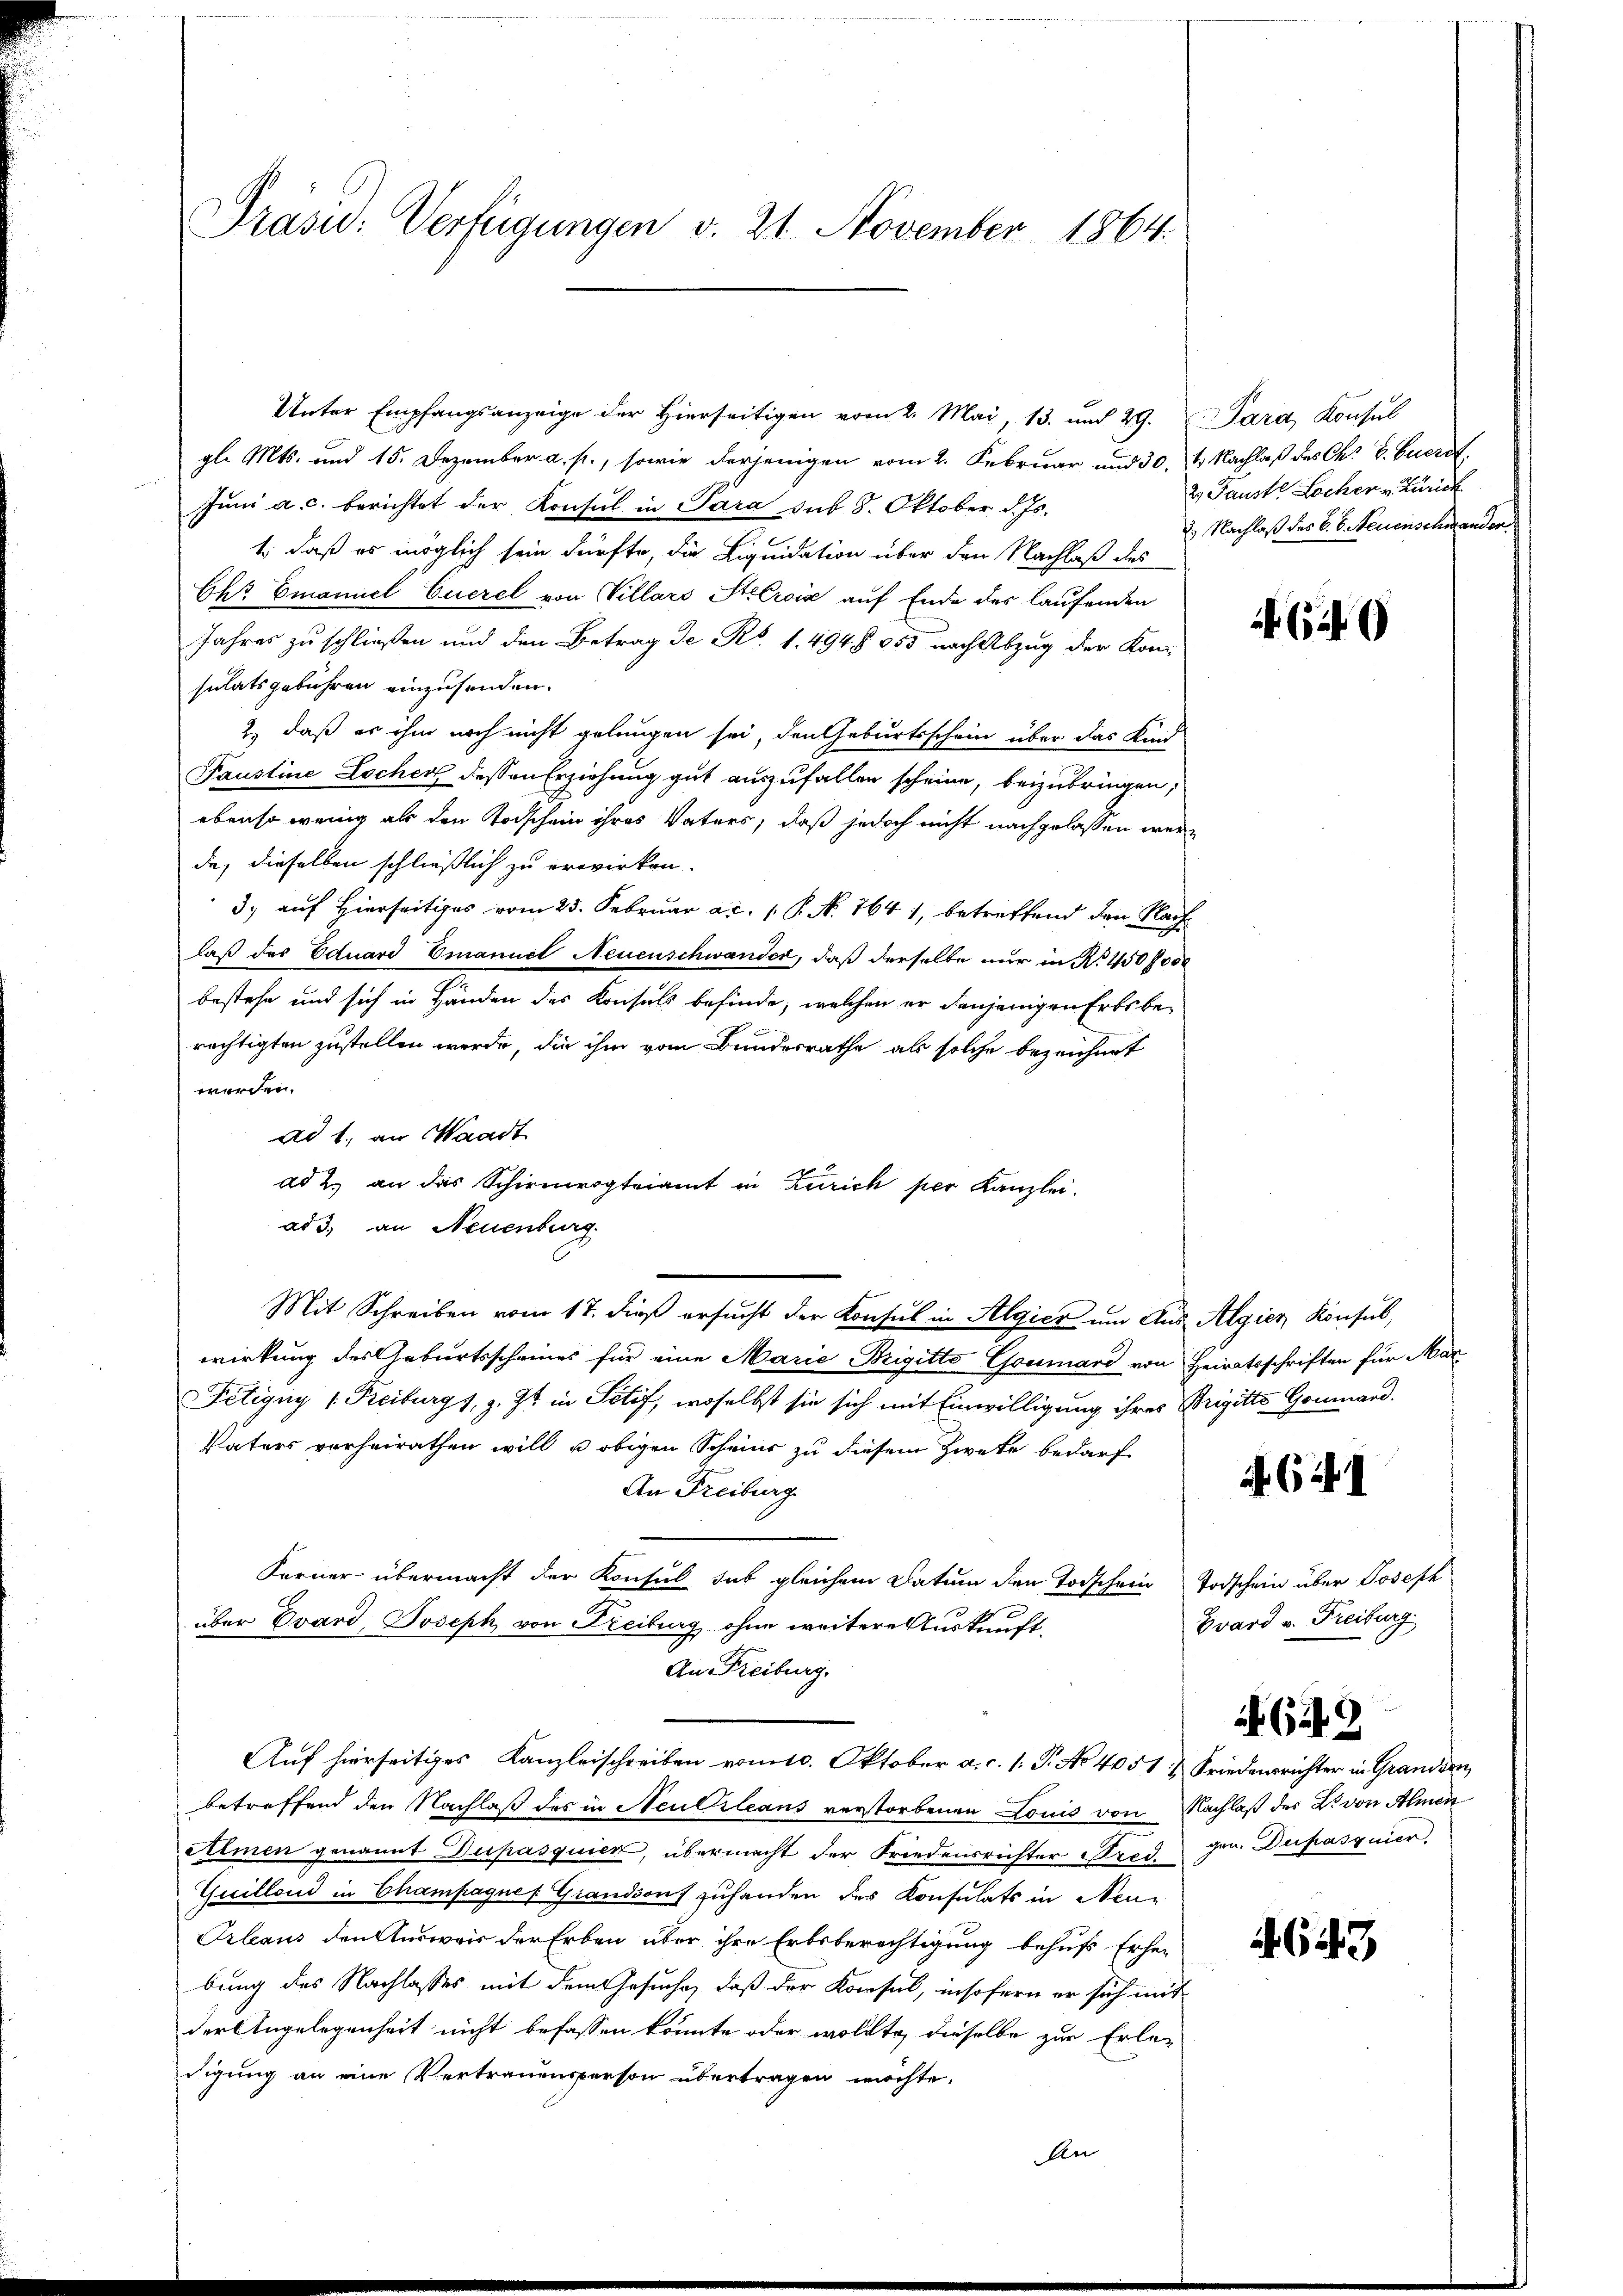
Präsid.: Verfügungen v. 21. November 1864.

Unter Empfangsanzeige der Hierseitigen vom 2. Mai, 13. und 29.
gl. Mts. und 15. Dezember a. p., sowie derjenigen vom 2. Februar und 30. 4. Nachlaß des Ch. E. Eueret,
Juni a. c. berichtet der Konsul in Para sub 8. Oktober d. Js.
1., daß es möglich sein dürfte, die Liquidation über den Nachlaß des
Chr Emanuel Euerel von Villars Stierois auf Ende des laufenden
Jahres zu schließen und den Betrag de Ro. 1. 494 f. 355 nach Abzug der Kon-
sulatsgebühren einzusenden.
2.) daß es ihm noch nicht gelangen sei, den Geburtsschein über das Kind
Paustine Locher dessen Erziehung gut auszufallen scheine, beizubringen,
ebenso wenig als den Todschein ihres Vaters, daß jedoch nicht nachgelassen werde, dieselben schließlich zu erwirken.
3.) auf Hierseitiges vom 25. Februar ac. 1 P. N. 764 1, betreffend den Nachlaß des Eduard Emanuel Neuenschwander, daß derselbe nur in No 450 f 300
bestehe und sich in Händen des Konsuls befinde, welchen er denjenigen Erbs berächtigten zustellen werde, die ihm vom Bundesrathe als solche bezeichnet
werden.
ad 1., an Waadt
ad 2. an das Schirmvogteiamt in Zürich per Kanzlei-
ad 3., an Neuenburg
Mit Schreiben vom 17. dieß ersucht der Konsul in Algier um Aus Algier Konsul,
wirkung des Geburtsscheines für eine Marie Brigitto Gcumard von Heiratsschriften für Mar¬
Fetigny v. Reiburgs, z. Zt. in Potif, woselbst sie sich mit Einwilligung ihres Brigitte Gonard.
Vaters verheirathen will u obigen Scheint zu diesem Zweke bedarf
An Freiburg
Ferner übermacht der Konsul das gleichem Datum den Todschein Todschein über Joseph
über Evard, Joseph von Freiburg ohne weitere Auskunft,
An Freiburg.
Auf hierseitiges Kanzleischreiben vom 10. Oktober a. c. 1. P. No 4051 & Friedensrichter in Granden,
betreffend den Nachlaß des in Neutrleans verstorbenen Louis von Nachlaß des L. von Almen
Almen genannt Dupasquier, übermacht der Friedensrichter Pred gen. Derpasquier
Guillond in Champagnes Grandsons zuhanden des Konsulats in Neu-
Orleaus den Ausweis der Erben über ihre Erbsberechtigung behufs Erher
bung des Nachlasses mit dem Gesuche, daß der Konsul, insofern er sich mit
der Angelegenheit nicht befassen könnte oder wollte, dieselbe zur Erle-
digung an eine Vertrauensperson übertragen möchte.

Para, Konsul
2 Fauste Locher v. Zürich
2. Nachlaß des B. b. Neuenschmander.

)

641

Bvard v. Freiburg

G49

4643